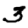
Digit: 3